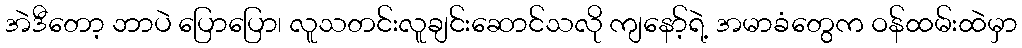
အဲဒီတော့ ဘာပဲ ပြောပြော၊ လူသတင်းလူချင်းဆောင်သလို ကျနော့်ရဲ့ အမာခံတွေက ဝန်ထမ်းထဲမှာ